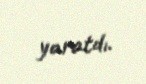
yaratdı.